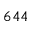
6 4 4